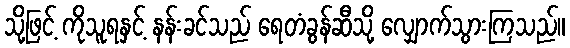
သို့ဖြင့် ကိုသူရနှင့် နန်းခင်သည် ရေတံခွန်ဆီသို့ လျှောက်သွားကြသည်။